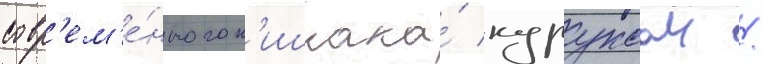
совр'ем'е́нного к'ишлака́ куруксаи /